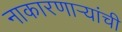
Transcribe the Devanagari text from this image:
नाकारणाऱ्यांची